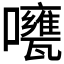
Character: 𱕫